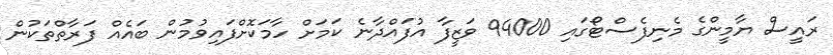
ރައީސް ޔާމީންގެ މެނިފެސްޓޯގައި 94000 ވަޒީފާ އުފައްދާނެ ކަމަށް ހާމަކޮށްފައިވުމުން ބައެއް ފަރާތްތަކުން